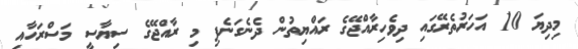
މިދިޔަ 10 އަހަރުތެރޭގައި ދިވެހިރާއްޖޭގެ ރައްޔިތުން ދެނެގަނެފި މި ރާއްޖޭގެ ސިޔާސީ މަސްރަހާއި